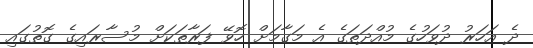
ދެ އަހަރު ދުވަހުގެ މުއްދަތަގެ އެ މަގާމަށް ހޮވޭ ފަރާތަކަށް މުސާރައިގެ ގޮތުގައި